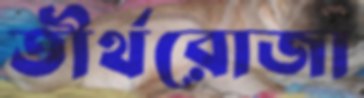
তীর্থরোজা